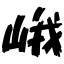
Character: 峨